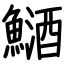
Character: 䲤